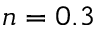
n = 0 . 3